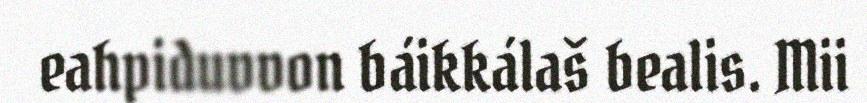
eahpiduvvon báikkálaš bealis. Mii